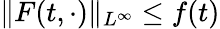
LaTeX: \| F(t,\cdot)\| _{L^{\infty}}\leq f(t)